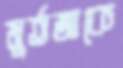
মুর্তজাকে